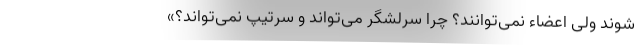
شوند ولی اعضاء نمی‌توانند؟ چرا سرلشگر می‌تواند و سرتیپ نمی‌تواند؟»